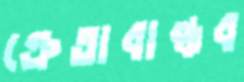
ক্রেতাবান্ধব